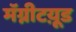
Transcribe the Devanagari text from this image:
मॅग्नीटय़ूड